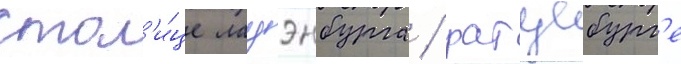
стол'и́це лауэнбурга / ратцебург'е